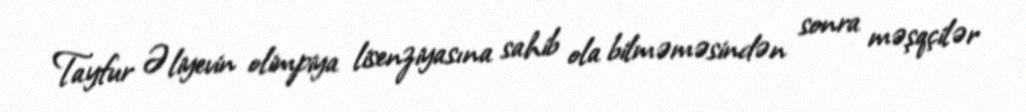
Tayfur Əliyevin olimpiya lisenziyasına sahib ola bilməməsindən sonra məşqçilər